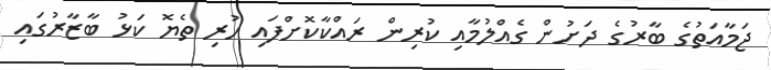
ޖަމާއަތުގެ ބާރުގެ ދަށުން ގެއްލުމާއި ކުރިން ރައްކާކޮށްފައި ހުރި ތެޔޮ ކަޅު ބާޒާރުގައި